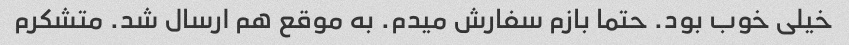
خیلی خوب بود. حتما بازم سفارش میدم. به موقع هم ارسال شد. متشکرم